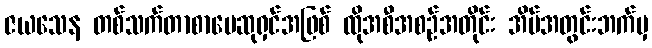
ဇယသေန တစ်သက်တာစာပေဆုရှင်အဖြစ် ထိုအစီအစဉ်အတိုင်း အိမ်အတွင်းဘက်မှ